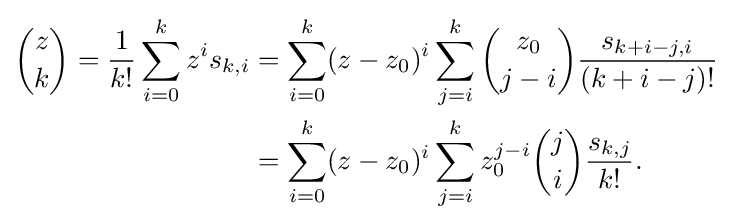
{\begin{aligned}{z \choose k}={\frac {1}{k!}}\sum _{i=0}^{k}z^{i}s_{k,i}&=\sum _{i=0}^{k}(z-z_{0})^{i}\sum _{j=i}^{k}{z_{0} \choose j-i}{\frac {s_{k+i-j,i}}{(k+i-j)!}}\\&=\sum _{i=0}^{k}(z-z_{0})^{i}\sum _{j=i}^{k}z_{0}^{j-i}{j \choose i}{\frac {s_{k,j}}{k!}}.\end{aligned}}